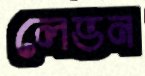
লেভন